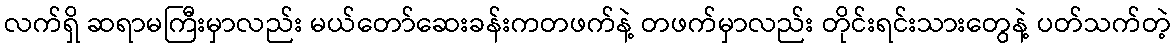
လက်ရှိ ဆရာမကြီးမှာလည်း မယ်တော်ဆေးခန်းကတဖက်နဲ့ တဖက်မှာလည်း တိုင်းရင်းသားတွေနဲ့ ပတ်သက်တဲ့